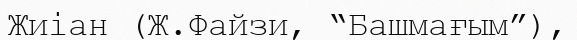
Жиіан (Ж.Файзи, “Башмағым”),